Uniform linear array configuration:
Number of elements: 12
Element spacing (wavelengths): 0.75
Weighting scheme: uniform
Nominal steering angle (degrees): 60
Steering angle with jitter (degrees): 59.926
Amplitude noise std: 0.05
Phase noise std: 0.05

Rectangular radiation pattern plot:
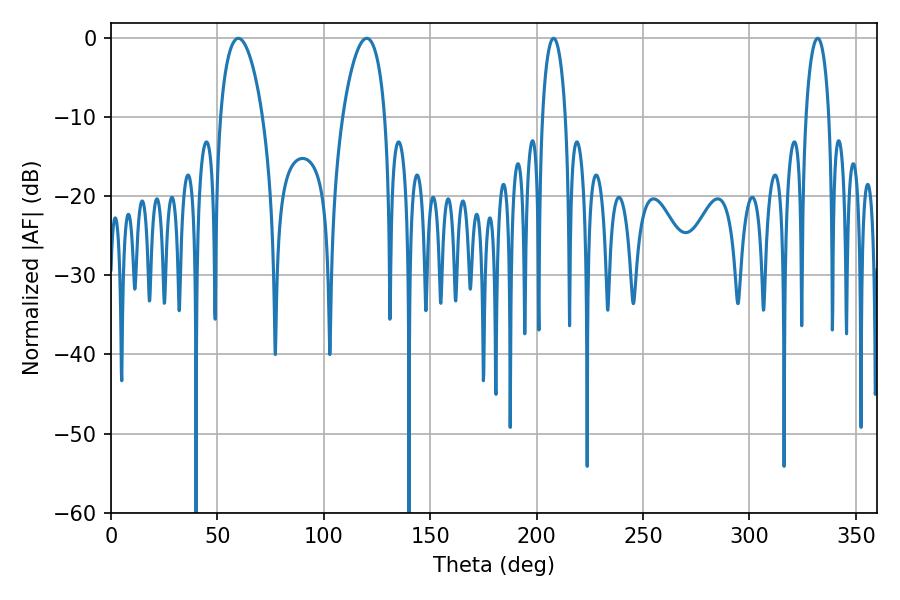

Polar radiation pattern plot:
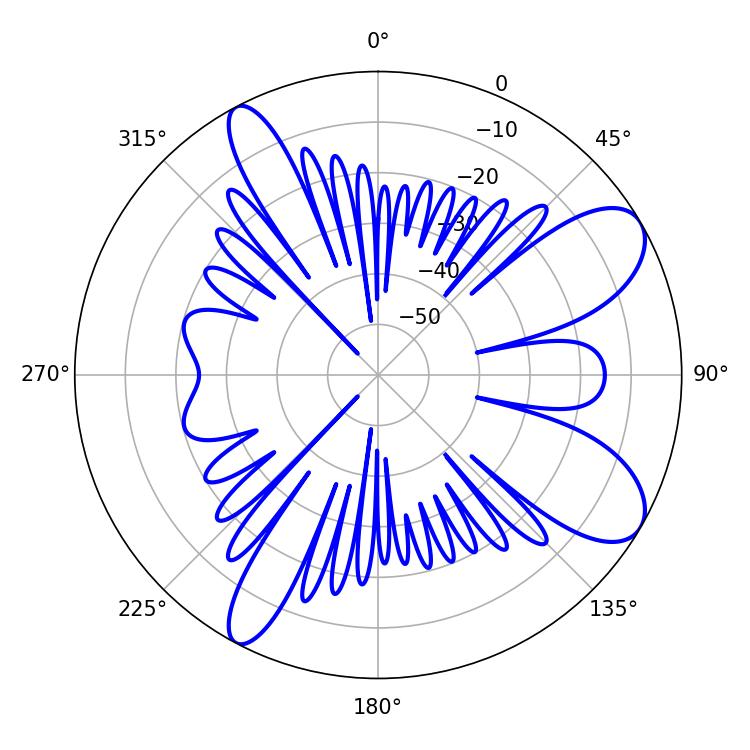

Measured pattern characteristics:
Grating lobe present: TRUE
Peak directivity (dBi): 8.996
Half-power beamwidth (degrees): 11.16
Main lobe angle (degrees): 59.76